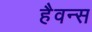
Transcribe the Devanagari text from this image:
हैवन्स